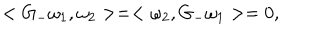
< G _ { - } \omega _ { 1 } , \omega _ { 2 } > = < \omega _ { 2 } , G _ { - } \omega _ { 1 } > = 0 ,